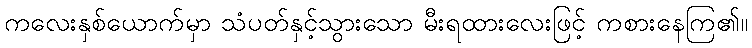
ကလေးနှစ်ယောက်မှာ သံပတ်နှင့်သွားသော မီးရထားလေးဖြင့် ကစားနေကြ၏။